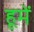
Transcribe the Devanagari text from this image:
हूमें